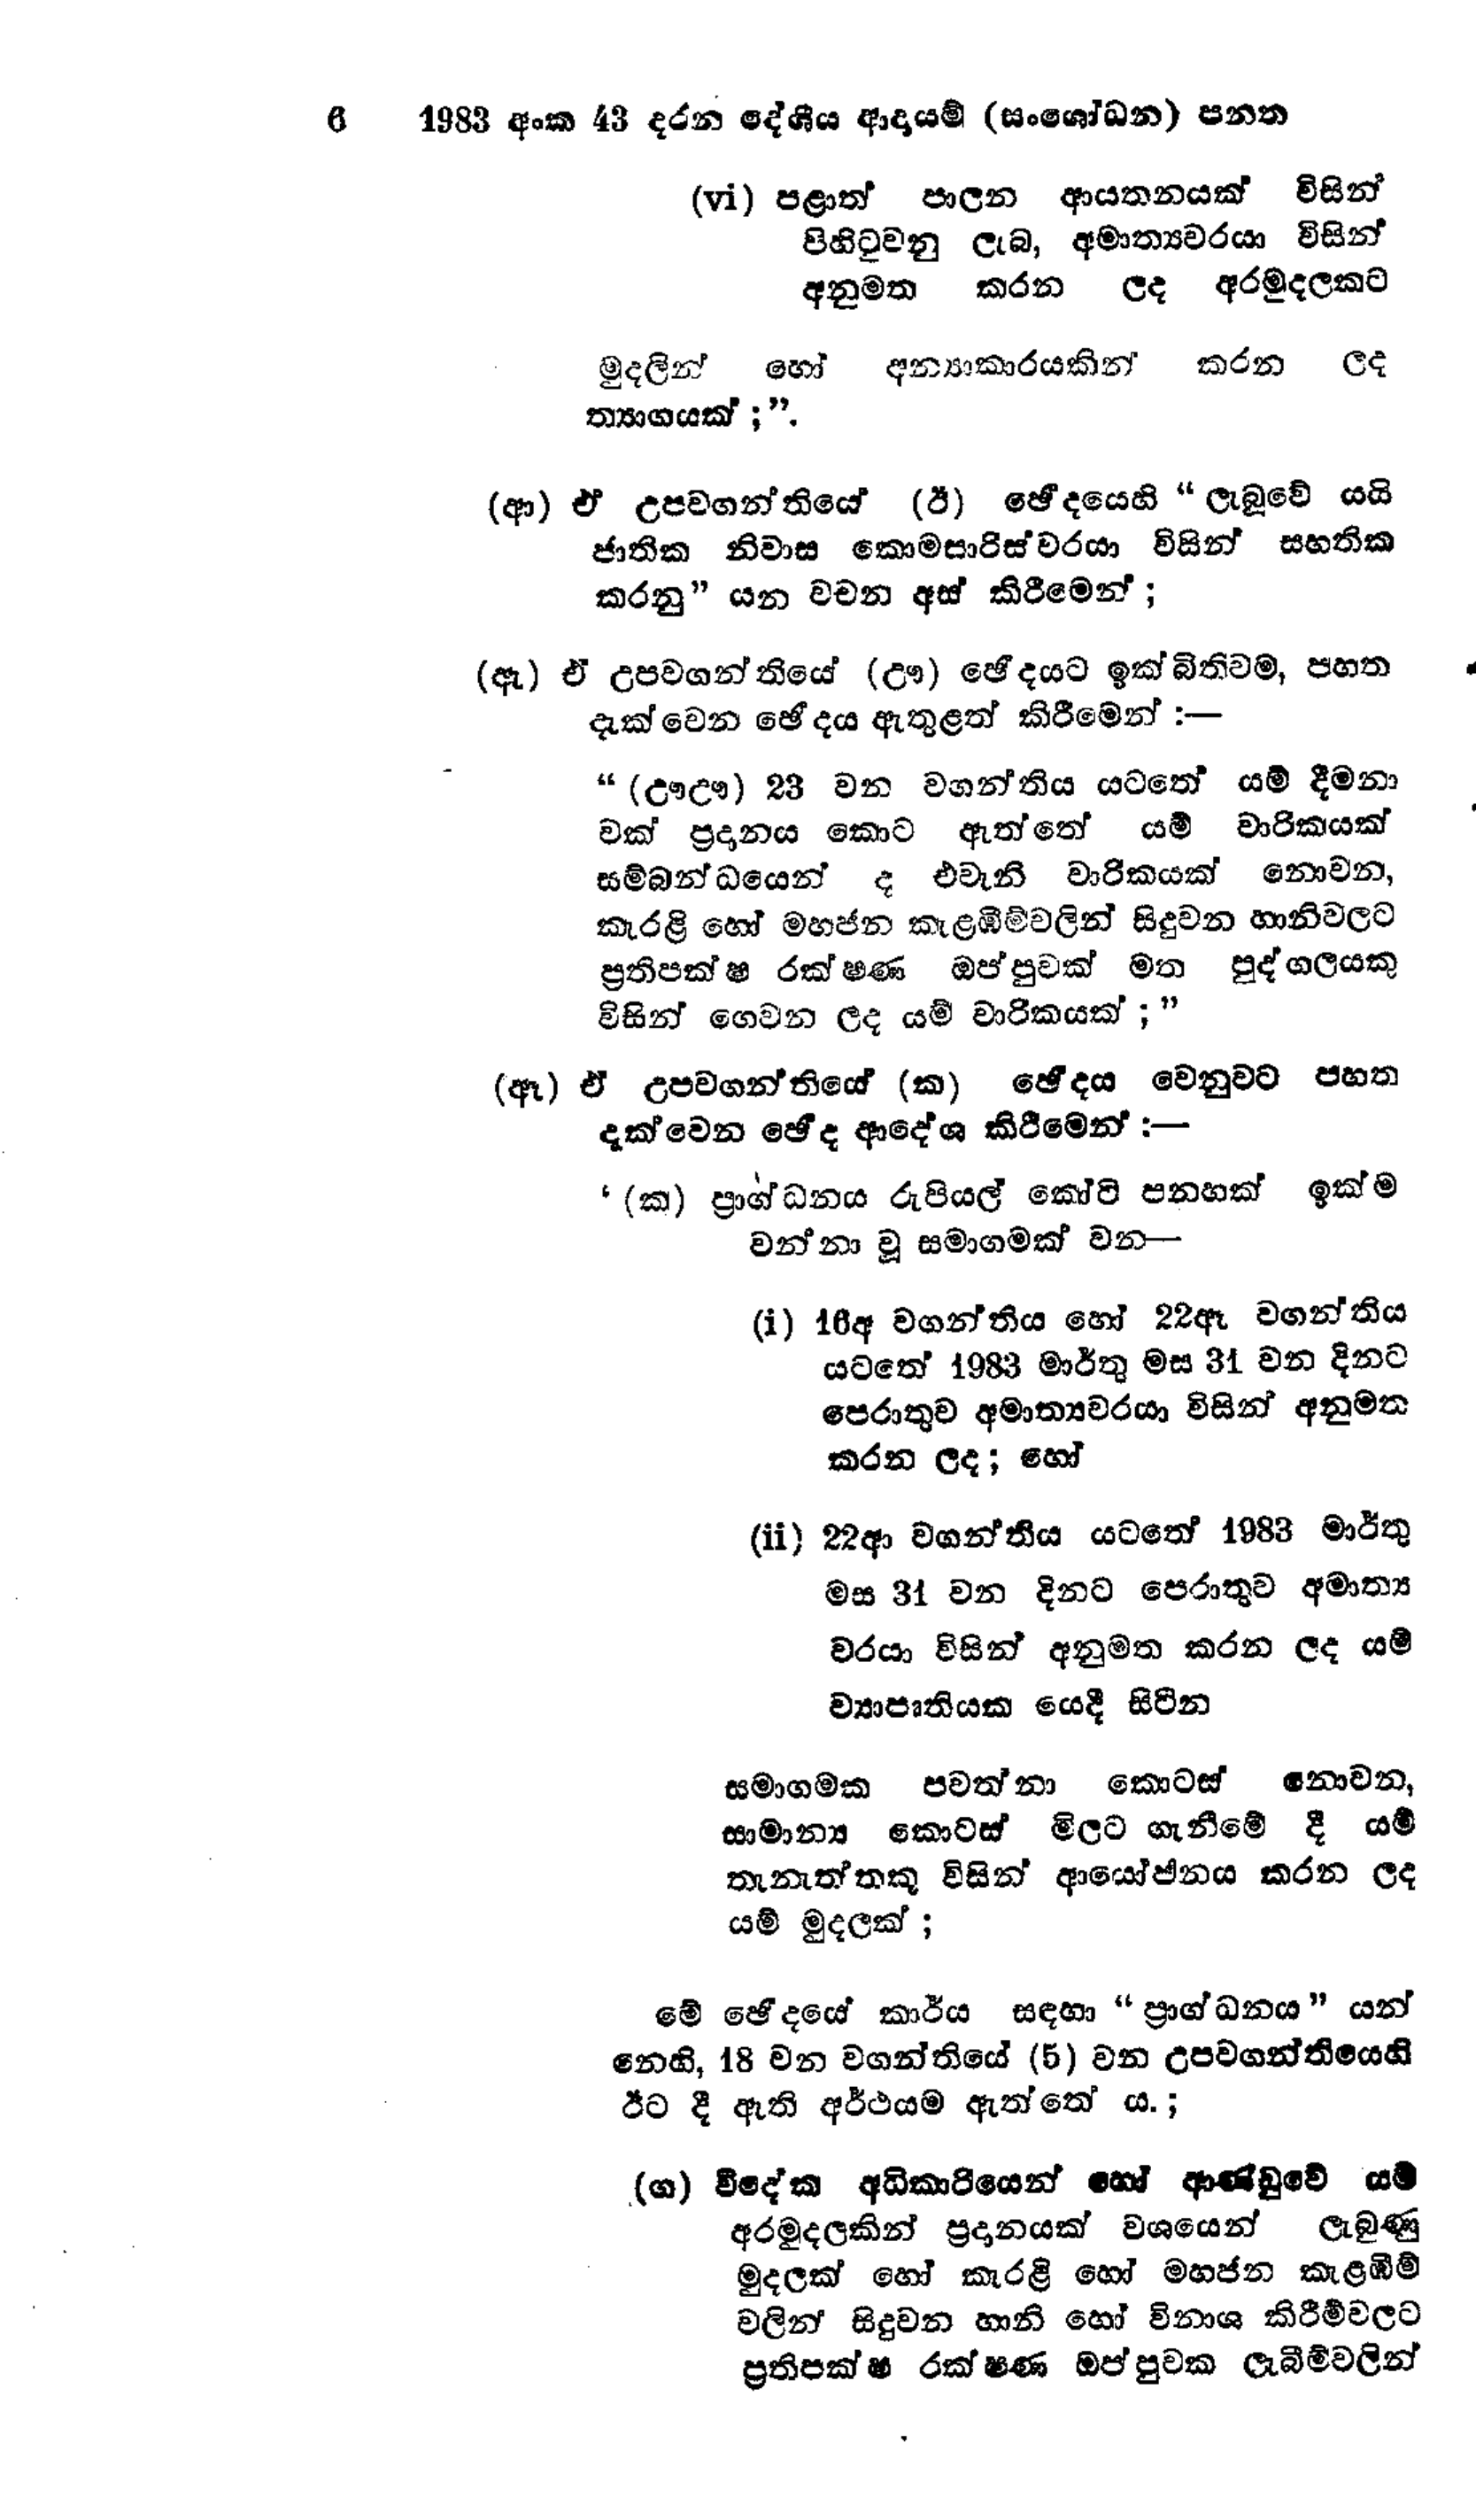
6 1983 අංක 43 දරන දේශීය ආදායම් (සංශෝධන) පනත

(vi) පළාත් පාලන ආයතනයක් විසින්
පිහිටුවනු ලැබ, අමාත්‍යවරයා විසින්
අනුමත කරන ලද අරමුදලකට

මුදලින් හෝ අන්‍යාකාරයකින් කරන ලද
ත්‍යාගයක්;".

(ආ) ඒ උපවගන්තියේ (ඊ) ඡේදයෙහි "ලැබූවේ යයි
ජාතික නිවාස කොමසාරිස්වරයා විසින් සහතික
කරනු " යන වචන අස් කිරීමෙන්;

(ඇ) ඒ උපවගන්තියේ (ඌ) ඡේදයට ඉක්බිතිවම, පහත
දැක්වෙන ඡේදය ඇතුළත් කිරීමෙන් :-

"(ඌඌ ) 23 වන වගන්තිය යටතේ යම් දීමනා
වක් ප්‍රදානය කොට ඇත්තේ යම් වාරිකයක්
සම්බන්ධයෙන් ද එවැනි වාරිකයක් නොවන,
කැරළි හෝ මහජන කැළඹීම්වලින් සිදුවන හානිවලට
ප්‍රතිපක්ෂ රක්ෂණ ඔප්පුවක් මත පුද්ගලයකු
විසින් ගෙවන ලද යම් වාරිකයක්;"

(ඈ) ඒ උපවගන්තියේ (ක) ඡේදය වෙනුවට පහත
දැක්වෙන ඡේද ආදේශ කිරීමෙන් :-

'(ක) ප්‍රාග්ධනය රුපියල් කෝටි පනහක් ඉක්ම
වන්නා වූ සමාගමක් වන -

(i) 16අ වගන්තිය හෝ 22ඈ වගන්තිය
යටතේ 1983 මාර්තු මස 31 වන දිනට
පෙරාතුව අමාත්‍යවරයා විසින් අනුමත
කරන ලද; හෝ

(11) 22ආ වගන්තිය යටතේ 1983 මාර්තු
මස 31 වන දිනට පෙරාතුව අමාත්‍ය
වරයා විසින් අනුමත කරන ලද යම්
ව්‍යාපෘතියක යෙදී සිටින

සමාගමක පවත්නා කොටස් නොවන,
සාමාන්‍ය කොටස් මිලට ගැනීමේ දී යම්
තැනැත්තකු විසින් ආයෝජනය කරන ලද
යම් මුදලක්;

මේ ඡේදයේ කාර්ය සඳහා" ප්‍රාග්ධනය" යන්
නෙහි, 18 වන වගන්තියේ (5) වන උපවගන්තියෙහි
ඊට දී ඇති අර්ථයම ඇත්තේ ය.;

(ග) විදේක අධිකාරියෙන් හෝ ආණ්ඩුවේ යම්
අරමුදලකින් ප්‍රදානයක් වශයෙන් ලැබුණු
මුදලක් හෝ කැරළි හෝ මහජන කැළඹීම්
වලින් සිදුවන හානි හෝ විනාශ කිරීම්වලට
ප්‍රතිපක්ෂ රක්ෂණ ඔප්පුවක ලැබීම්වලින්